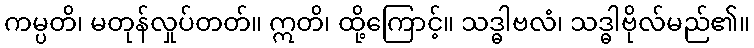
ကမ္ပတိ၊ မတုန်လှုပ်တတ်။ ဣတိ၊ ထို့ကြောင့်။ သဒ္ဓါဗလံ၊ သဒ္ဓါဗိုလ်မည်၏။